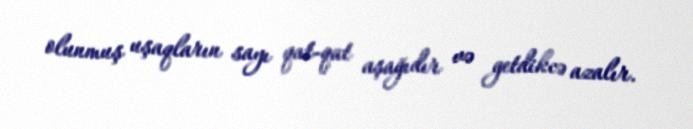
olunmuş uşaqların sayı qat-qat aşağıdır və getdikcə azalır.